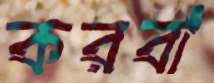
করবা